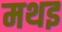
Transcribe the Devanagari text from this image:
मथइ